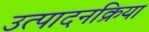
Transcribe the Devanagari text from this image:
उत्पादनक्रिया